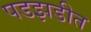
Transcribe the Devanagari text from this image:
पडझडीत